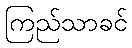
ကြည်သာခင်